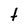
Character: t